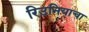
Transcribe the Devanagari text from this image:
रिउनियाचा